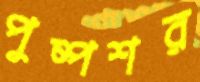
পুষ্পশর